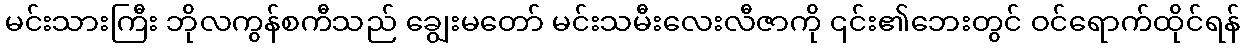
မင်းသားကြီး ဘိုလကွန်စကီသည် ချွေးမတော် မင်းသမီးလေးလီဇာကို ၎င်း၏ဘေးတွင် ဝင်ရောက်ထိုင်ရန်